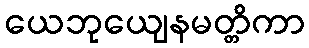
ယေဘုယျေနမတ္တိကာ